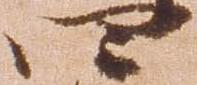
四